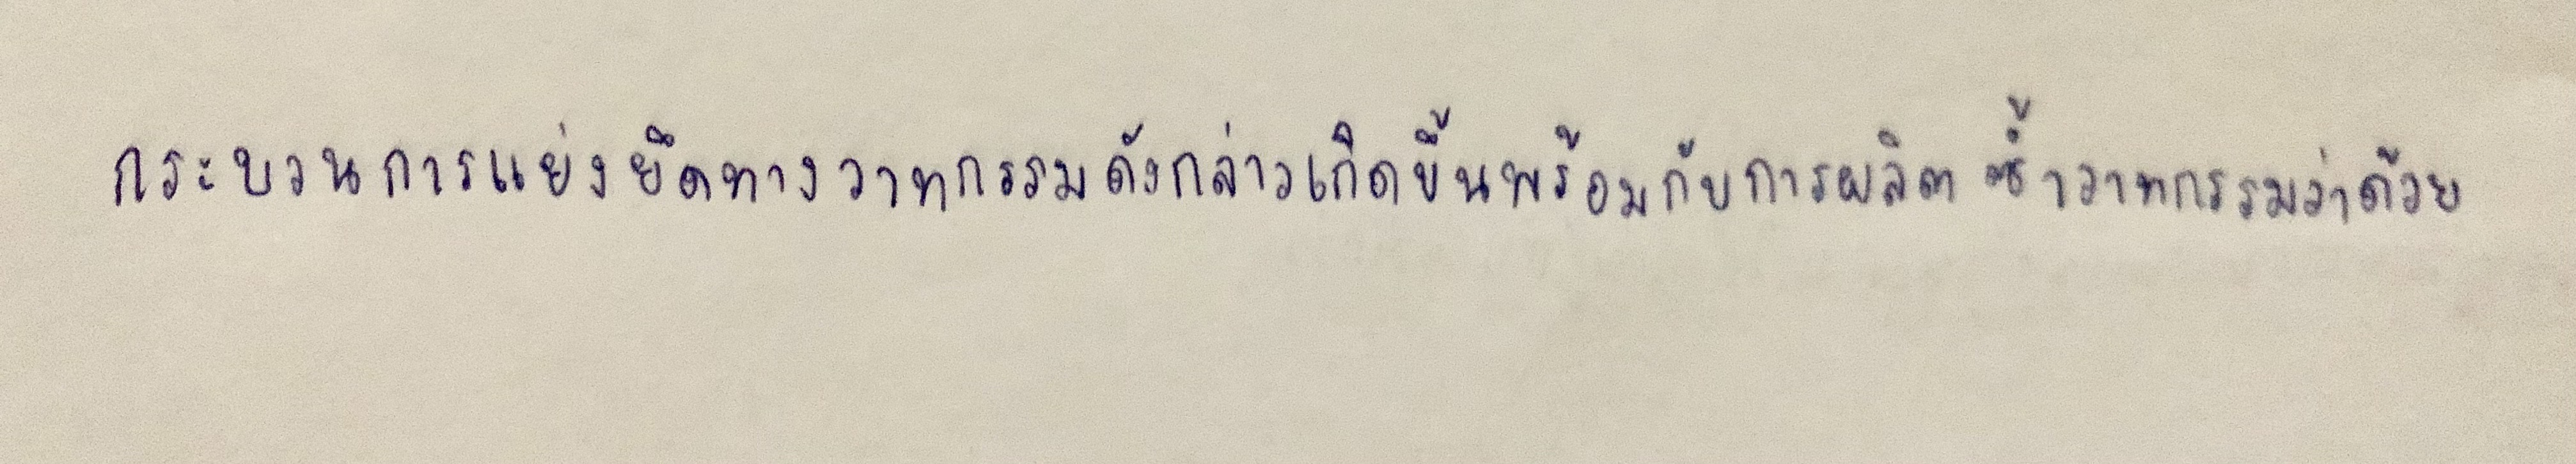
กระบวนการแย่งยึดทางวาทกรรมดังกล่าวเกิดขึ้นพร้อมกับการผลิตซ้ำวาทกรรมว่าด้วย